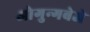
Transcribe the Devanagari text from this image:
ओगुन्गबेजे